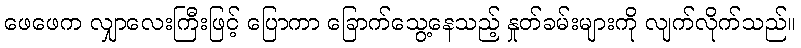
ဖေဖေက လျှာလေးကြီးဖြင့် ပြောကာ ခြောက်သွေ့နေသည့် နှုတ်ခမ်းများကို လျက်လိုက်သည်။